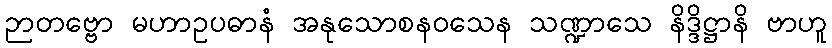
ဉာတဗ္ဗော မဟာဥပဓာနံ အနုသောစနဝသေန သဏ္ဍာသေ နိဒ္ဒိဋ္ဌာနိ ဗာဟူ